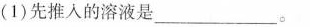
(1)先推入的溶液是___。